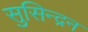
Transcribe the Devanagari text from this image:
सुसिन्द्रन